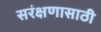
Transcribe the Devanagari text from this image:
सरंक्षणासाठी